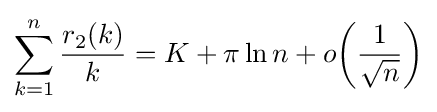
\sum _{k=1}^{n}{r_{2}(k) \over k}=K+\pi \ln n+o\!\left({\frac {1}{\sqrt {n}}}\right)